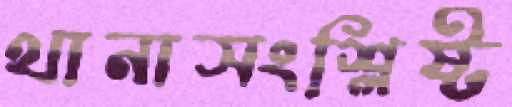
থানাসংশ্লিষ্ট